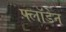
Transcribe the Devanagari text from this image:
फ्लॉडेन